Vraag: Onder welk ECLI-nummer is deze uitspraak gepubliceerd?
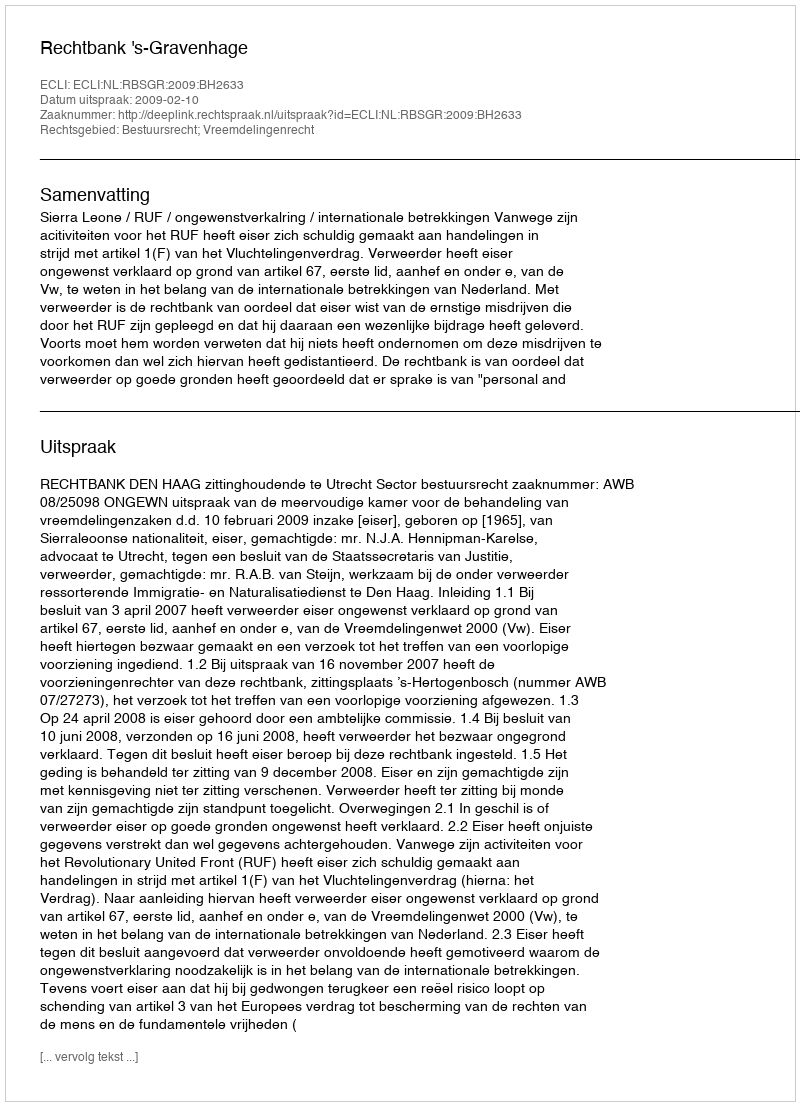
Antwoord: ECLI:NL:RBSGR:2009:BH2633